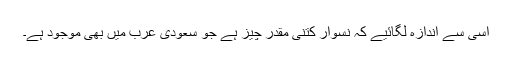
اسی سے اندازہ لگائیے کہ نسوار کتنی مقدر چیز ہے جو سعودی عرب میں بھی موجود ہے۔